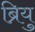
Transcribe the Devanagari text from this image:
ब्रियु